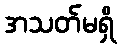
အသတ်မရှိ